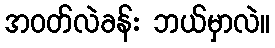
အဝတ်လဲခန်း ဘယ်မှာလဲ။